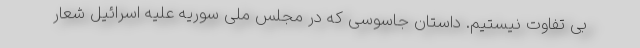
بی تفاوت نیستیم. داستان جاسوسی که در مجلس ملی سوریه علیه اسرائیل شعار